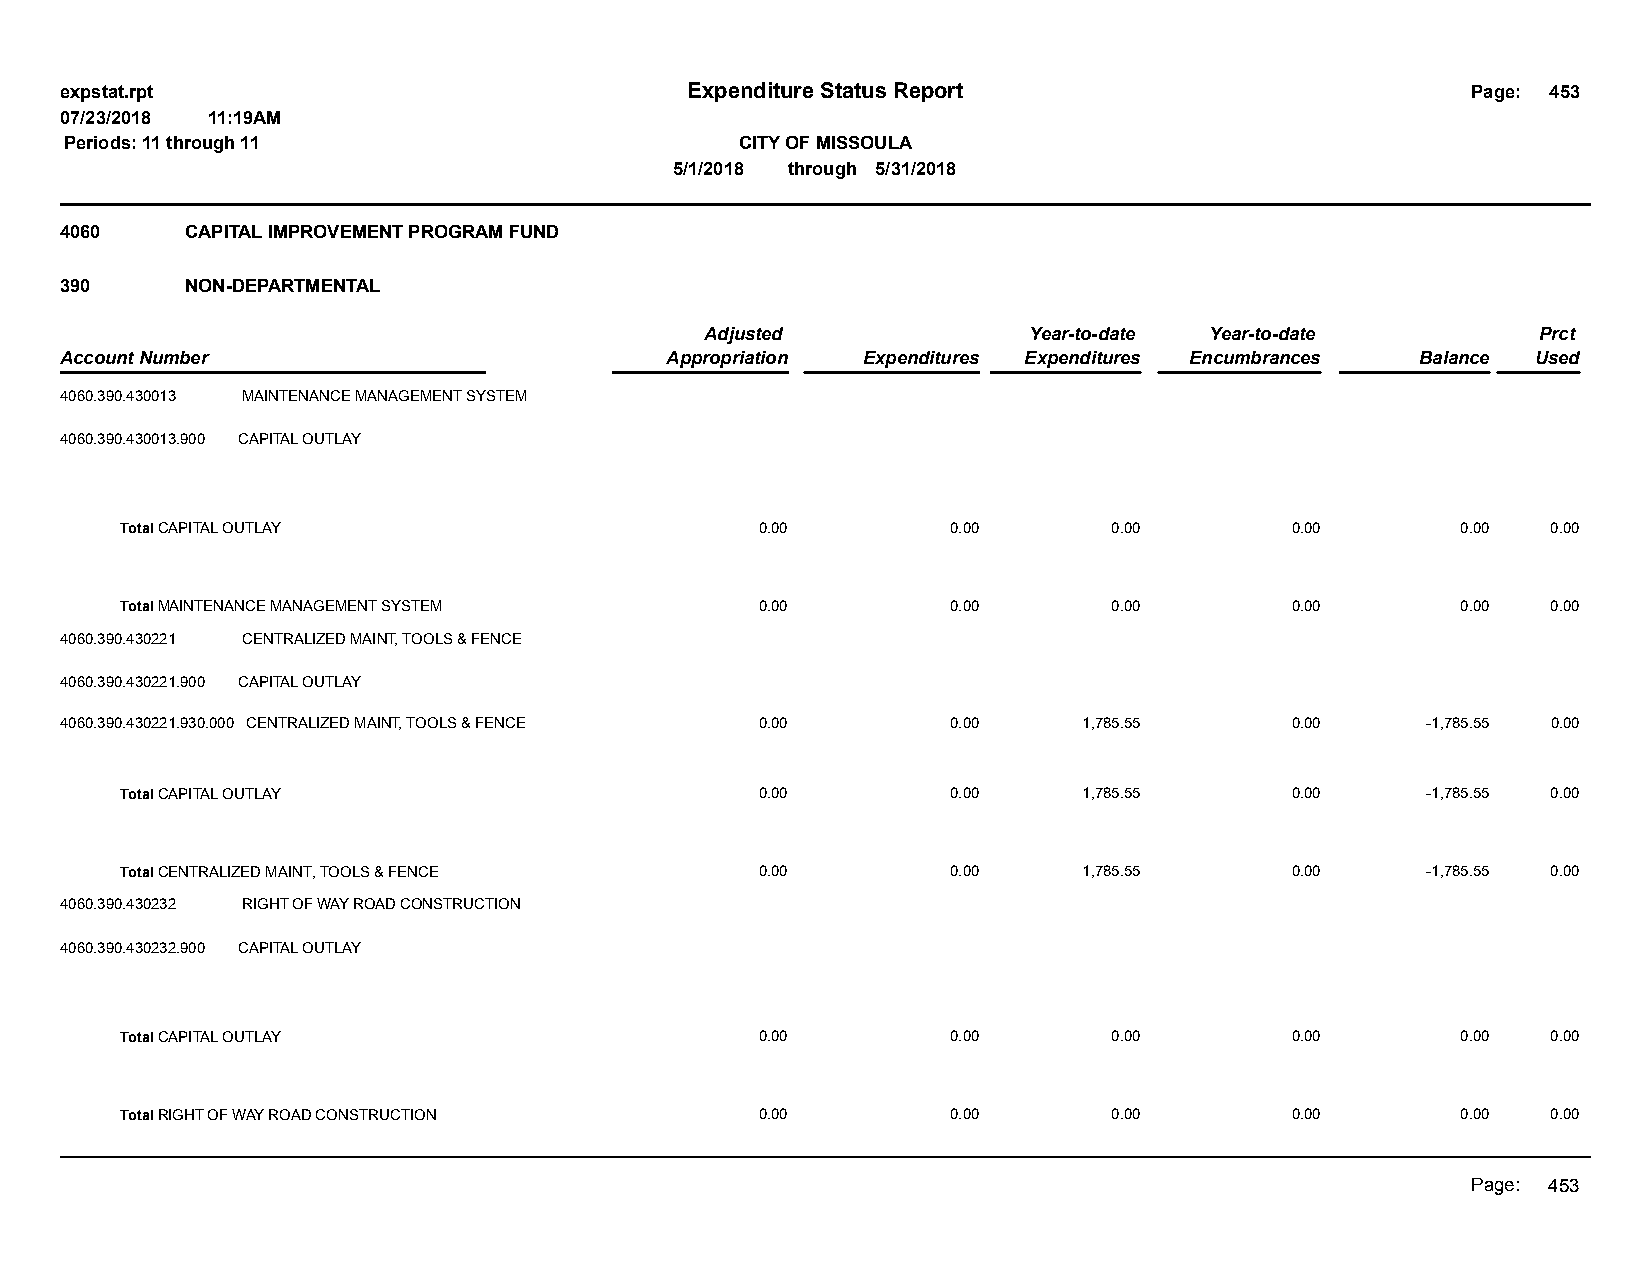
expstat.rpt                              Expenditure Status Report                           Page: 453
 07/23/2018 11:19AM
 Periods: 11 through 11                       CITY OF MISSOULA
 5/1/2018 through 5/31/2018
 4060    CAPITAL IMPROVEMENT PROGRAM FUND
 390     NON-DEPARTMENTAL
 Adjusted             Year-to-date Year-to-date         Prct
 Account Number                          Appropriation Expenditures Expenditures Encumbrances Balance Used
 4060.390.430013 MAINTENANCE MANAGEMENT SYSTEM
 4060.390.430013.900 CAPITAL OUTLAY
 Total CAPITAL OUTLAY                      0.00         0.00       0.00       0.00        0.00  0.00
 Total MAINTENANCE MANAGEMENT SYSTEM       0.00         0.00       0.00       0.00        0.00  0.00
 4060.390.430221 CENTRALIZED MAINT, TOOLS & FENCE
 4060.390.430221.900 CAPITAL OUTLAY
 4060.390.430221.930.000 CENTRALIZED MAINT, TOOLS & FENCE 0.00 0.00  1,785.55     0.00     -1,785.55 0.00
 Total CAPITAL OUTLAY                      0.00         0.00     1,785.55     0.00     -1,785.55 0.00
 Total CENTRALIZED MAINT, TOOLS & FENCE    0.00         0.00     1,785.55     0.00     -1,785.55 0.00
 4060.390.430232 RIGHT OF WAY ROAD CONSTRUCTION
 4060.390.430232.900 CAPITAL OUTLAY
 Total CAPITAL OUTLAY                      0.00         0.00       0.00       0.00        0.00  0.00
 Total RIGHT OF WAY ROAD CONSTRUCTION      0.00         0.00       0.00       0.00        0.00  0.00
 Page: 453